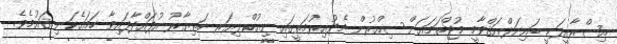
އިސްރާއީލަކީ ބައިނަލްއަޤްވާމީ މުޖްތަމަޢަށް ސިއްރުން މެދުއިރުމަތީގައި ނިއުކްލިޔަރ ހަތިޔާރު އުފައްދާފައިވާ ހަމައެކަނި ޤައުމެވެ.